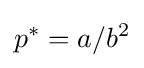
p^{*}=a/b^{2}